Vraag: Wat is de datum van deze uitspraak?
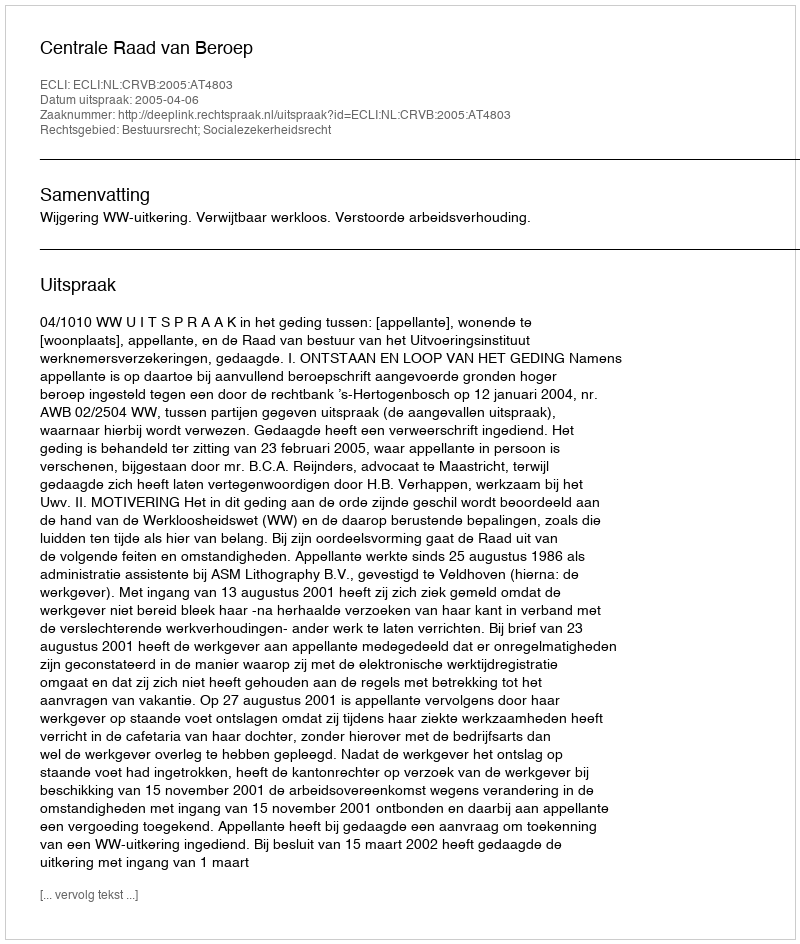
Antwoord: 2005-04-06